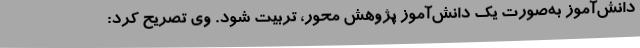
دانش‌آموز به‌صورت یک دانش‌آموز پژوهش محور، تربیت شود. وی تصریح کرد: